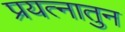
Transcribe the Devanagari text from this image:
प्रयत्नातुन